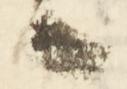
候